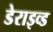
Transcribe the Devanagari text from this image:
डेराइव्ड